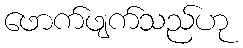
ဖောက်ဖျက်သည်ဟု